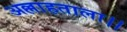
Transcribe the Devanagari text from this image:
अल्लाहताला।।